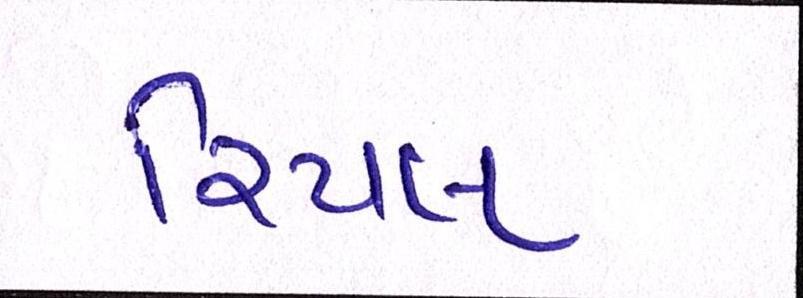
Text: રિયલ